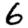
Digit: 6